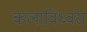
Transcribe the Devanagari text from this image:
कलाविध्वंस